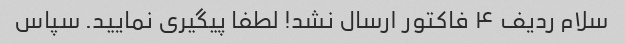
سلام ردیف ۴ فاکتور ارسال نشد! لطفا پیگیری نمایید. سپاس